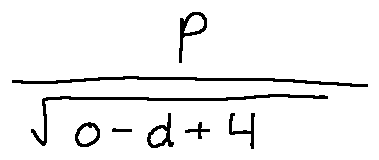
\frac { p } { \sqrt { o - d + 4 } }